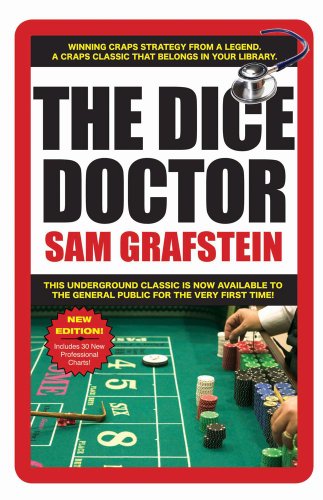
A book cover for The Dice Doctor; Sam Grafstein; Humor & Entertainment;